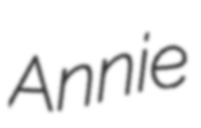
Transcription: Annie